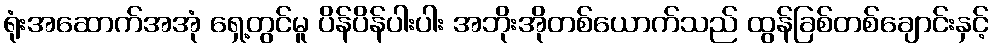
ရုံးအဆောက်အအုံ ရှေ့တွင်မူ ပိန်ပိန်ပါးပါး အဘိုးအိုတစ်ယောက်သည် ထွန်ခြစ်တစ်ချောင်းနှင့်